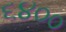
૬૪૦૦